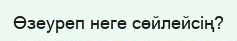
Өзеуреп неге сөйлейсің?